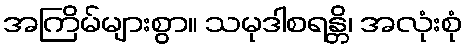
အကြိမ်များစွာ။ သမုဒါစရန္တိ၊ အလုံးစုံ